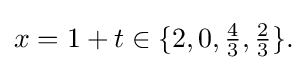
{\textstyle x=1+t\in \{2,0,{\tfrac {4}{3}},{\tfrac {2}{3}}\}.}